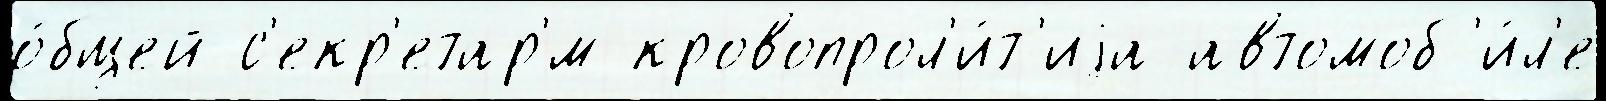
о́бщей с'екр'етар'́м кровопрол'и́т'иjа автомоб'и́л'е